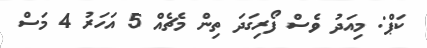
ކަޕް: މިއަދު ވެސް ފޯރިގަދަ ތިން މެޗެއް 5 އަހަރު 4 މަސް